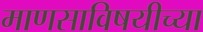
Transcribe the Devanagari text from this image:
माणसाविषयीच्या